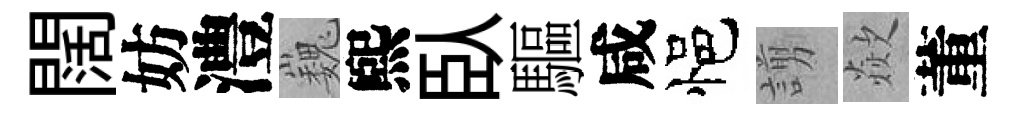
闊妨澧巍煕臥驅咸悒謭歘董